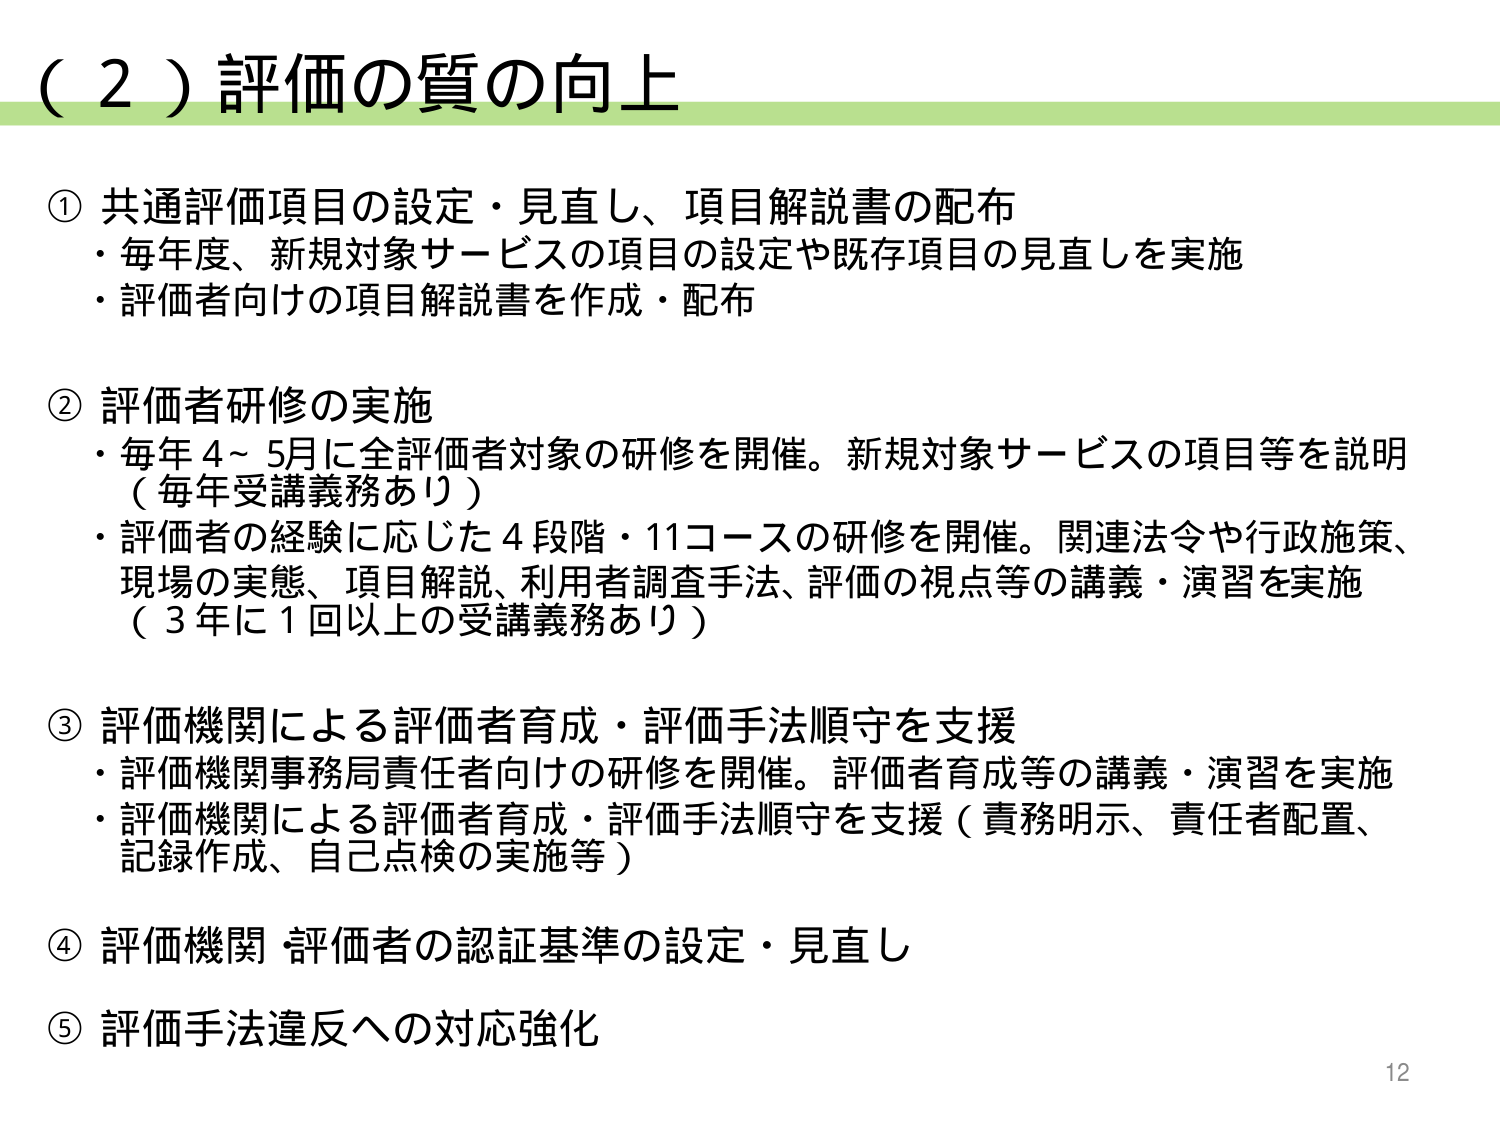
（２）評価の質の向上

① 共通評価項目の設定・見直し、項目解説書の配布
・毎年度、新規対象サービスの項目の設定や既存項目の見直しを実施
・評価者向けの項目解説書を作成・配布

② 評価者研修の実施
・毎年4～5月に全評価者対象の研修を開催。新規対象サービスの項目等を説明（毎年受講義務あり）
・評価者の経験に応じた4段階・11コースの研修を開催。関連法令や行政施策、現場の実態、項目解説、利用者調査手法、評価の視点等の講義・演習を実施（3年に1回以上の受講義務あり）

③ 評価機関による評価者育成・評価手法順守を支援
・評価機関事務局責任者向けの研修を開催。評価者育成等の講義・演習を実施
・評価機関による評価者育成・評価手法順守を支援（責務明示、責任者配置、記録作成、自己点検の実施等）

④ 評価機関・評価者の認証基準の設定・見直し

⑤ 評価手法違反への対応強化

12